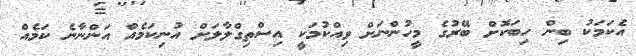
އެކަމަކު ބިން ހިބަކޮށް ބޭރުގެ މީހުންނަށް ވިއްކުމަކީ އިސްތިގްލާލަށް އުނިކަމެއް އަންނާނެ ކަމެއް